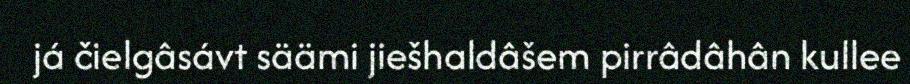
já čielgâsávt säämi jiešhaldâšem pirrâdâhân kullee